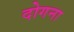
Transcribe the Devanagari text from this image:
दोगना